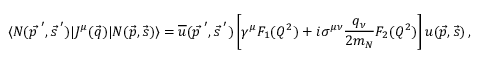
\langle N ( \vec { p \: } ^ { \prime } , \vec { s \: } ^ { \prime } ) | J ^ { \mu } ( \vec { q } ) | N ( \vec { p } , \vec { s } ) \rangle = \overline { { { u } } } ( \vec { p \: } ^ { \prime } , \vec { s \: } ^ { \prime } ) \left[ \gamma ^ { \mu } F _ { 1 } ( Q ^ { 2 } ) + i \sigma ^ { \mu \nu } { \frac { q _ { \nu } } { 2 m _ { N } } } F _ { 2 } ( Q ^ { 2 } ) \right] u ( \vec { p } , \vec { s } ) \, ,